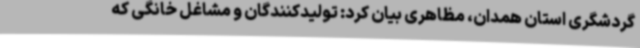
گردشگری استان همدان، مظاهری بیان کرد: تولیدکنندگان و مشاغل خانگی که